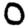
Digit: 0